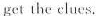
get the clues.